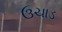
ઉચાડ